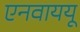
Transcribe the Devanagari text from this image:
एनवाययू